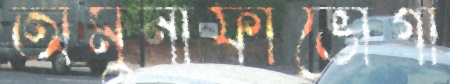
অমুনাফাভোগী